Vital statistics of India. Vol. V, Reports of 1876 on armies & jails and on epidemic cholera
Year: 1876
Disease focus: Cholera
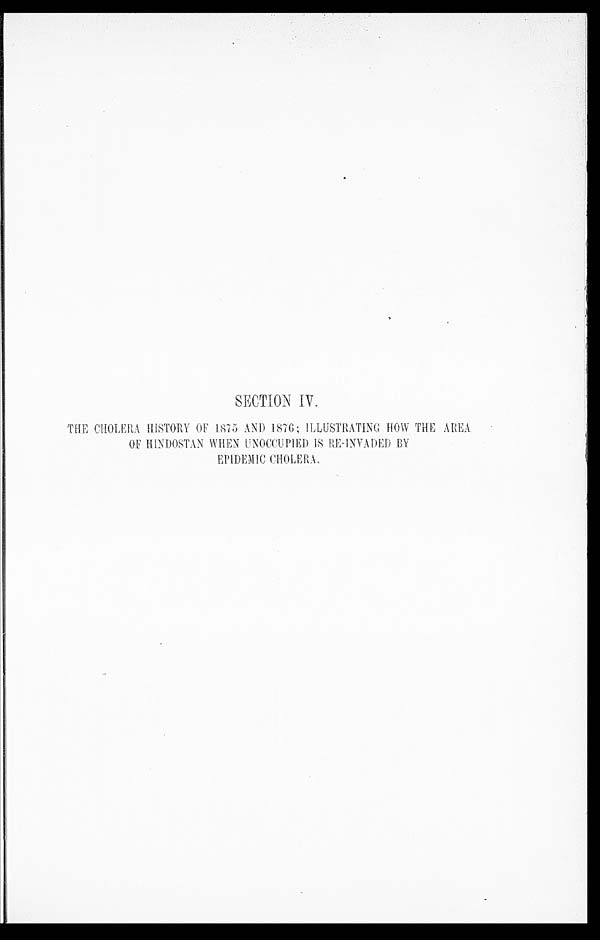
SECTION IV.
THE CHOLERA HISTORY OF 1875 AND 1876; ILLUSTRATING HOW THE
AREA OF HINDOSTAN WHEN UNOCCUPIED IS RE-IN
VADED BY EPIDEMIC CHOLERA.